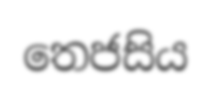
තෙජසිය